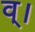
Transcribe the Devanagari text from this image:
व्।